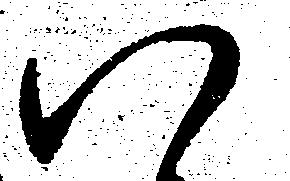
八